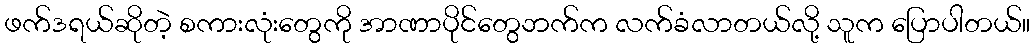
ဖက်ဒရယ်ဆိုတဲ့ စကားလုံးတွေကို အာဏာပိုင်တွေဘက်က လက်ခံလာတယ်လို့ သူက ပြောပါတယ်။